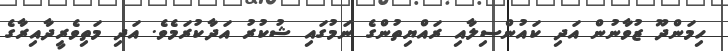
ހިމަންދޫ ޒުވާނުން އަދި ކައުންސިލާއި ރައްޔިތުންގެ ނަމުގައި ޝުކުރު އަދާކުރަމެވެ. އަދި މަތިވެރީދާއިރާގެ